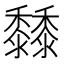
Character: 𪐐